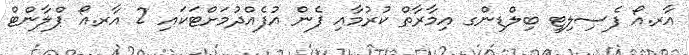
އާރ.އޯ ފެސިލިޓީ ބިލްޑިންގ އިމާރާތް ކުރުމާއި ފެން އުފެއްދުމަށްޓަކައި 2 އާރ.އޯ ޕްލާންޓް